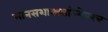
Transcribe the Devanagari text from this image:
मानसशास्त्रज्ञांबरोबरच